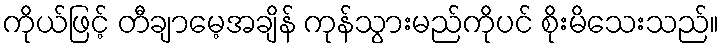
ကိုယ်ဖြင့် တီချာမေ့အချိန် ကုန်သွားမည်ကိုပင် စိုးမိသေးသည်။